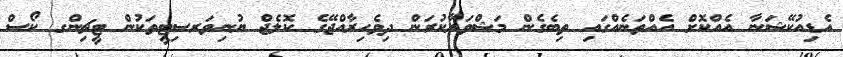
އެޑިއުކޭޝަނާ އެއްކޮށް އެއްތަނެއްގައި ތިބެގެން މަޝްވަރާކުރަން ދިވެހިރާއްޖޭގެ ކޮލެޖް ޔުނިވަރސިޓީތަކުން ޓީޗިންގ ކޯސް